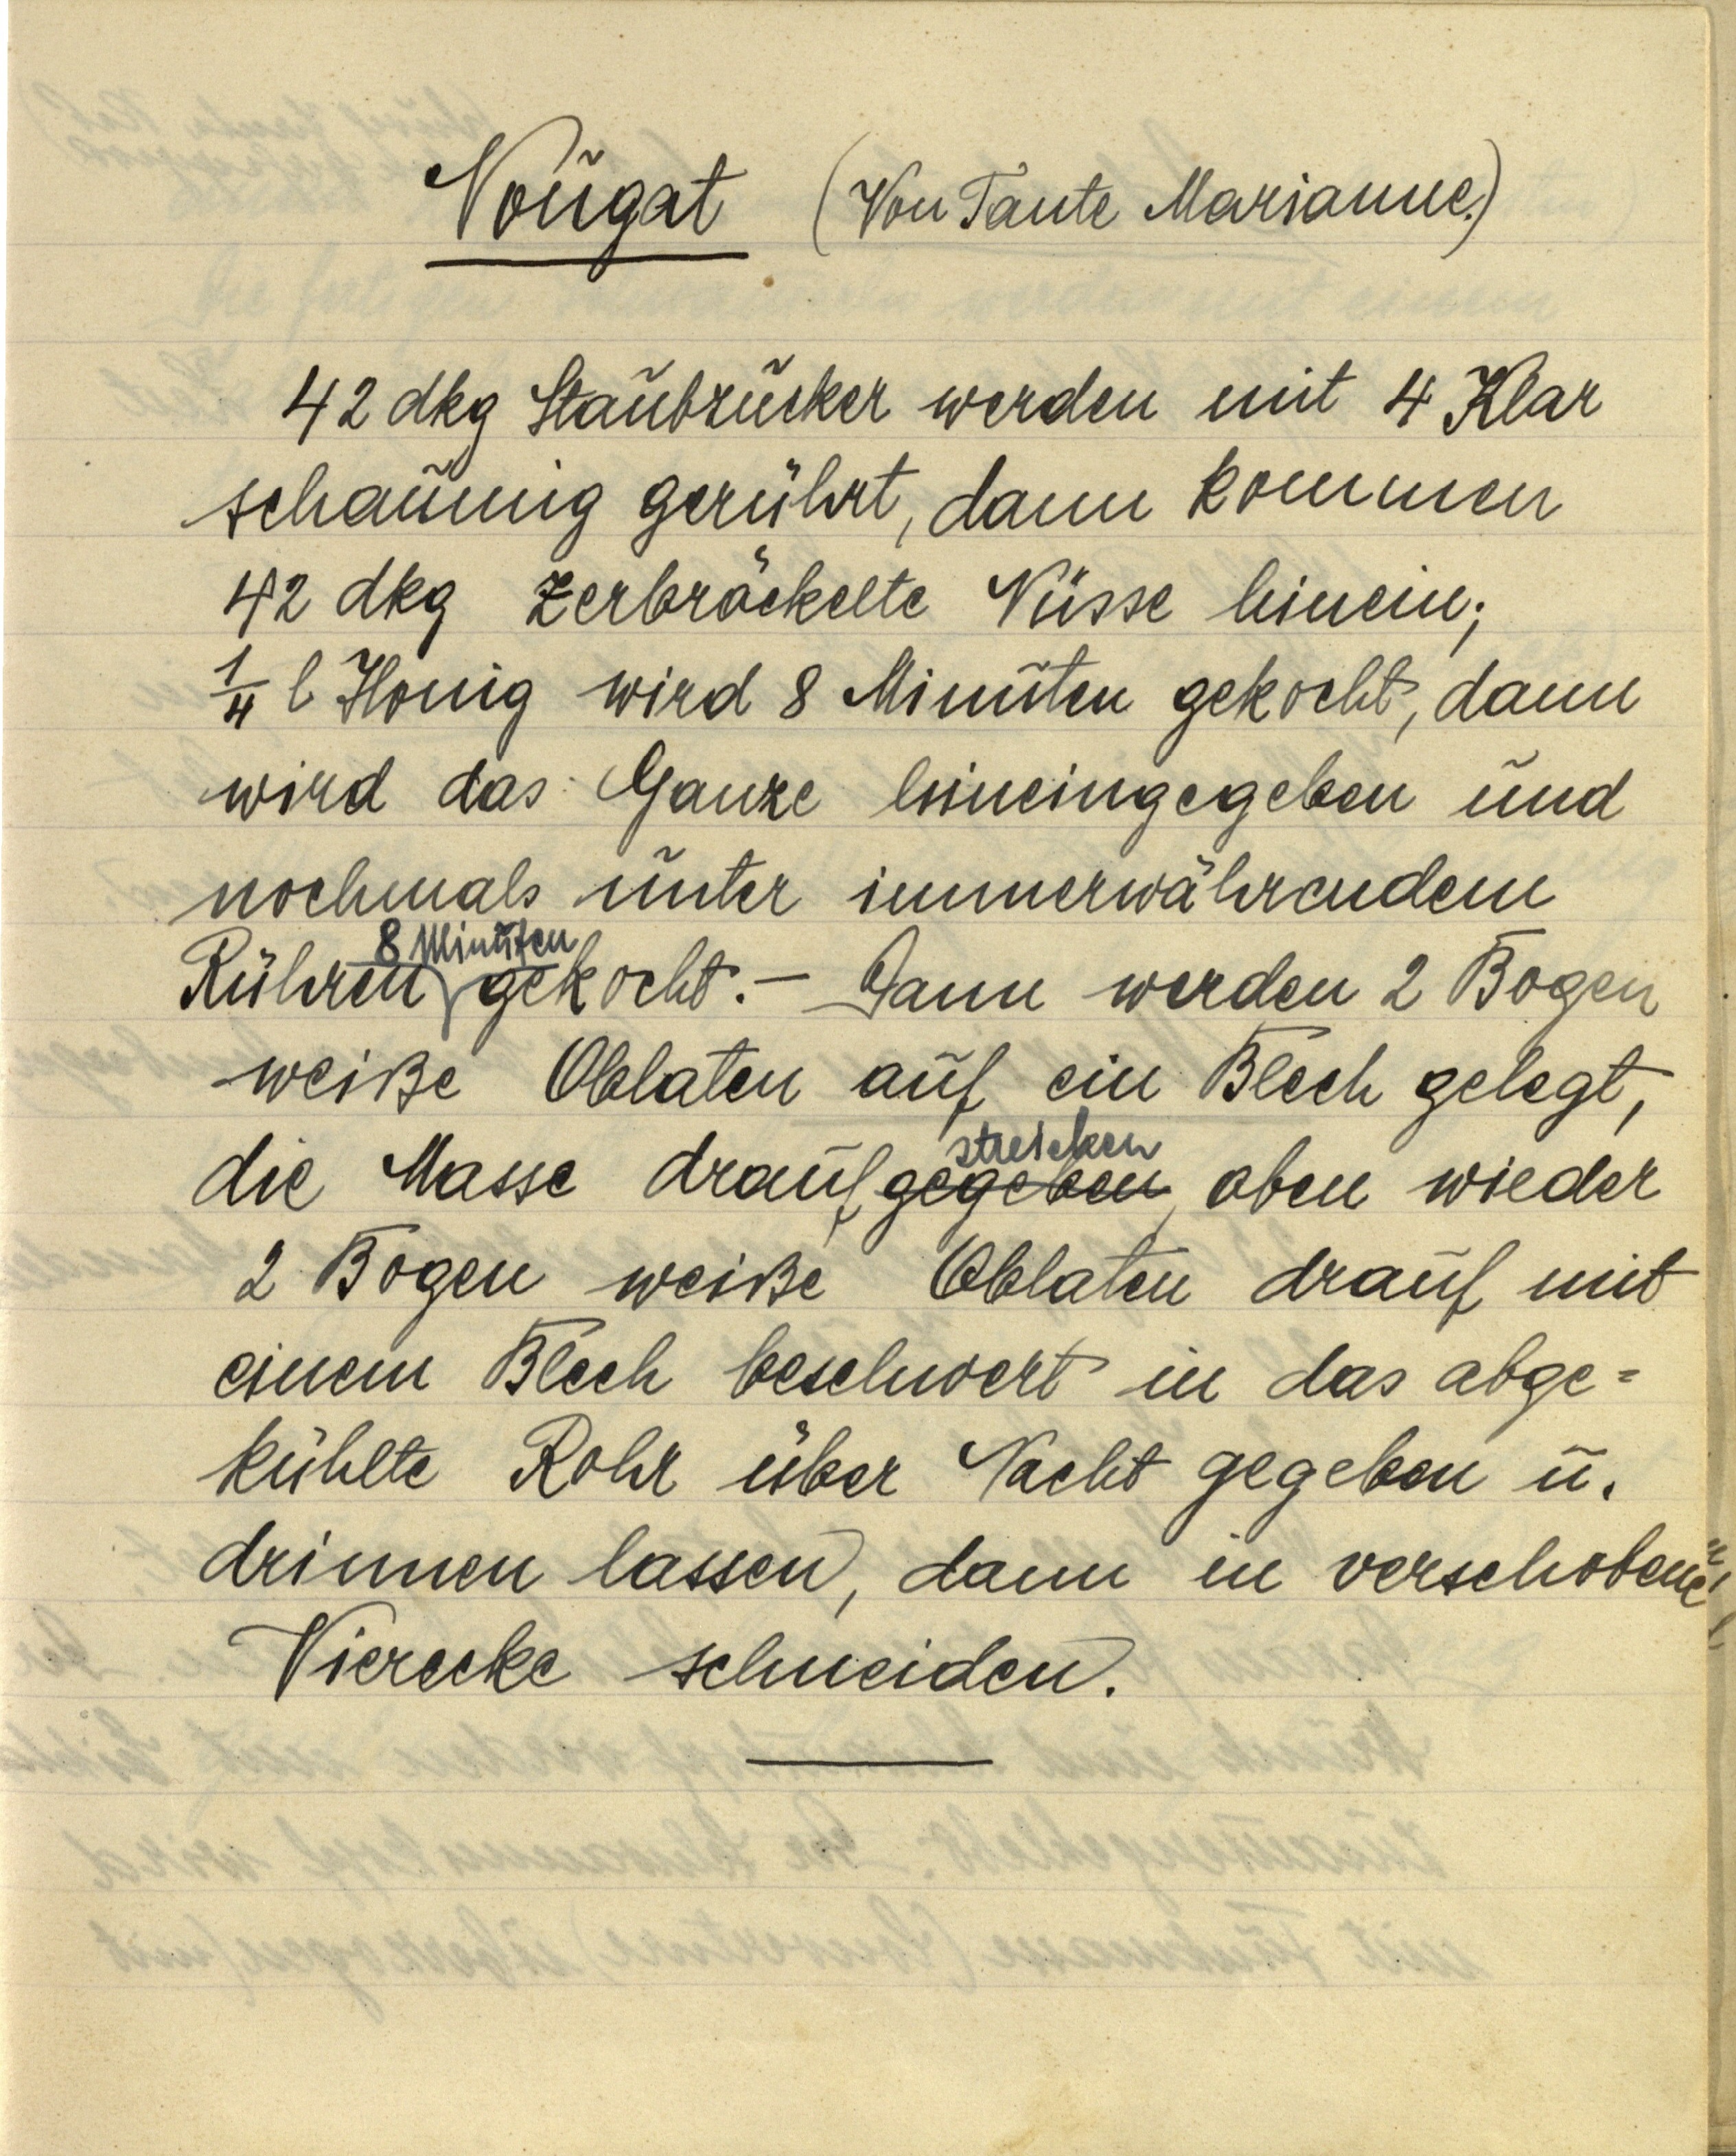
Nougat (Von Tante Marianne.)

42 dkg Staubzucker werden mit 4 Klar
schaumig gerührt, dann kommen
42 dkg zerbröckelte Nüsse hinein;
¼ l Honig wird 8 Minuten gekocht, dann
wird das Ganze hineingegeben und
nochmals unter immerwährendem
Rühren 8 Minuten gekocht. — Dann werden 2 Bogen
weiße Oblaten auf ein Blech gelegt,
die Masse draufgegebenstreichen, oben wieder
2 Bogen weiße Oblaten drauf mit
einem Blech beschwert in das abge¬
kühlte Rohr über Nacht gegeben u.
drinnen lassen, dann in verschobene
Vierecke schneiden.